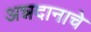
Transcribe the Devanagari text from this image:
अन्नदानाचे